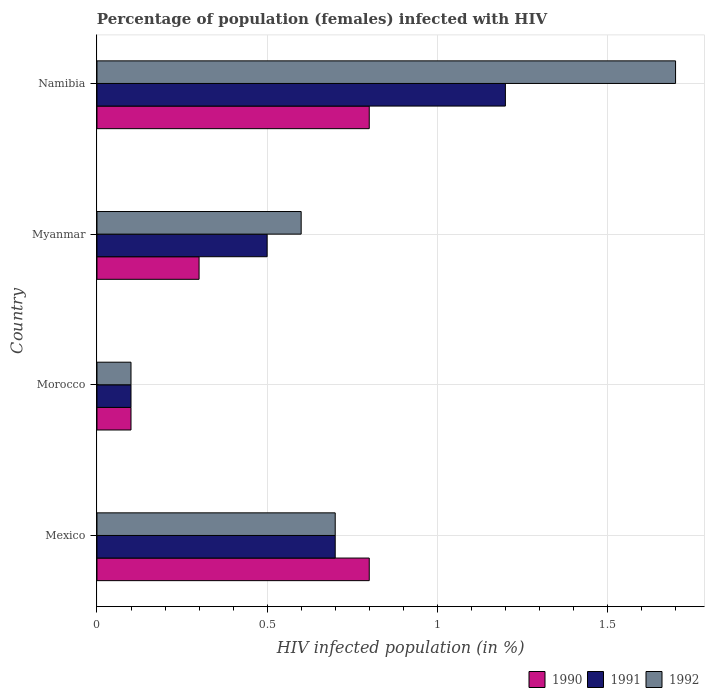
| Country | 1990 | 1991 | 1992 |
 | --- | --- | --- | --- |
 | Mexico | 0.8 | 0.7 | 0.7 |
 | Morocco | 0.1 | 0.1 | 0.1 |
 | Myanmar | 0.3 | 0.5 | 0.6 |
 | Namibia | 0.8 | 1.2 | 1.7 |